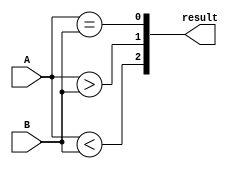
module two_bit_comparator(
    input [1:0] A,
    input [1:0] B,
    output [2:0] result
);

    assign result[0] = (A == B); // Equal comparison
    assign result[1] = (A > B); // Greater than comparison
    assign result[2] = (A < B); // Less than comparison

endmodule